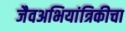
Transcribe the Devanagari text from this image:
जैवअभियांत्रिकीचा